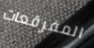
المفرقعات